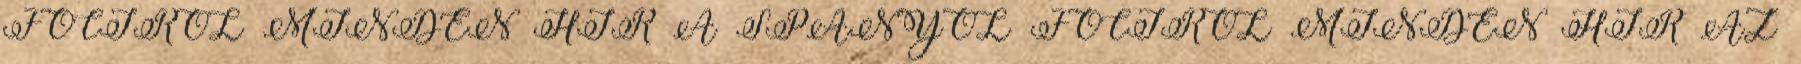
FOCIRÓL MINDEN HÍR A SPANYOL FOCIRÓL MINDEN HÍR AZ